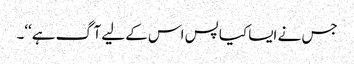
جس نے ایسا کیا پس اس کے لیے آگ ہے‘‘۔